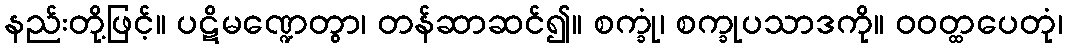
နည်းတို့ဖြင့်။ ပဋိမဏ္ဍေတွာ၊ တန်ဆာဆင်၍။ စက္ခုံ၊ စက္ခုပသာဒကို။ ဝဝတ္ထပေတုံ၊